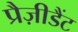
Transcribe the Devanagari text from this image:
प्रैज़ीडैंट